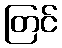
တြင်